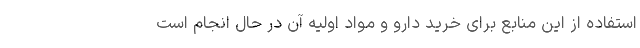
استفاده از این منابع برای خرید دارو و مواد اولیه آن در حال انجام است